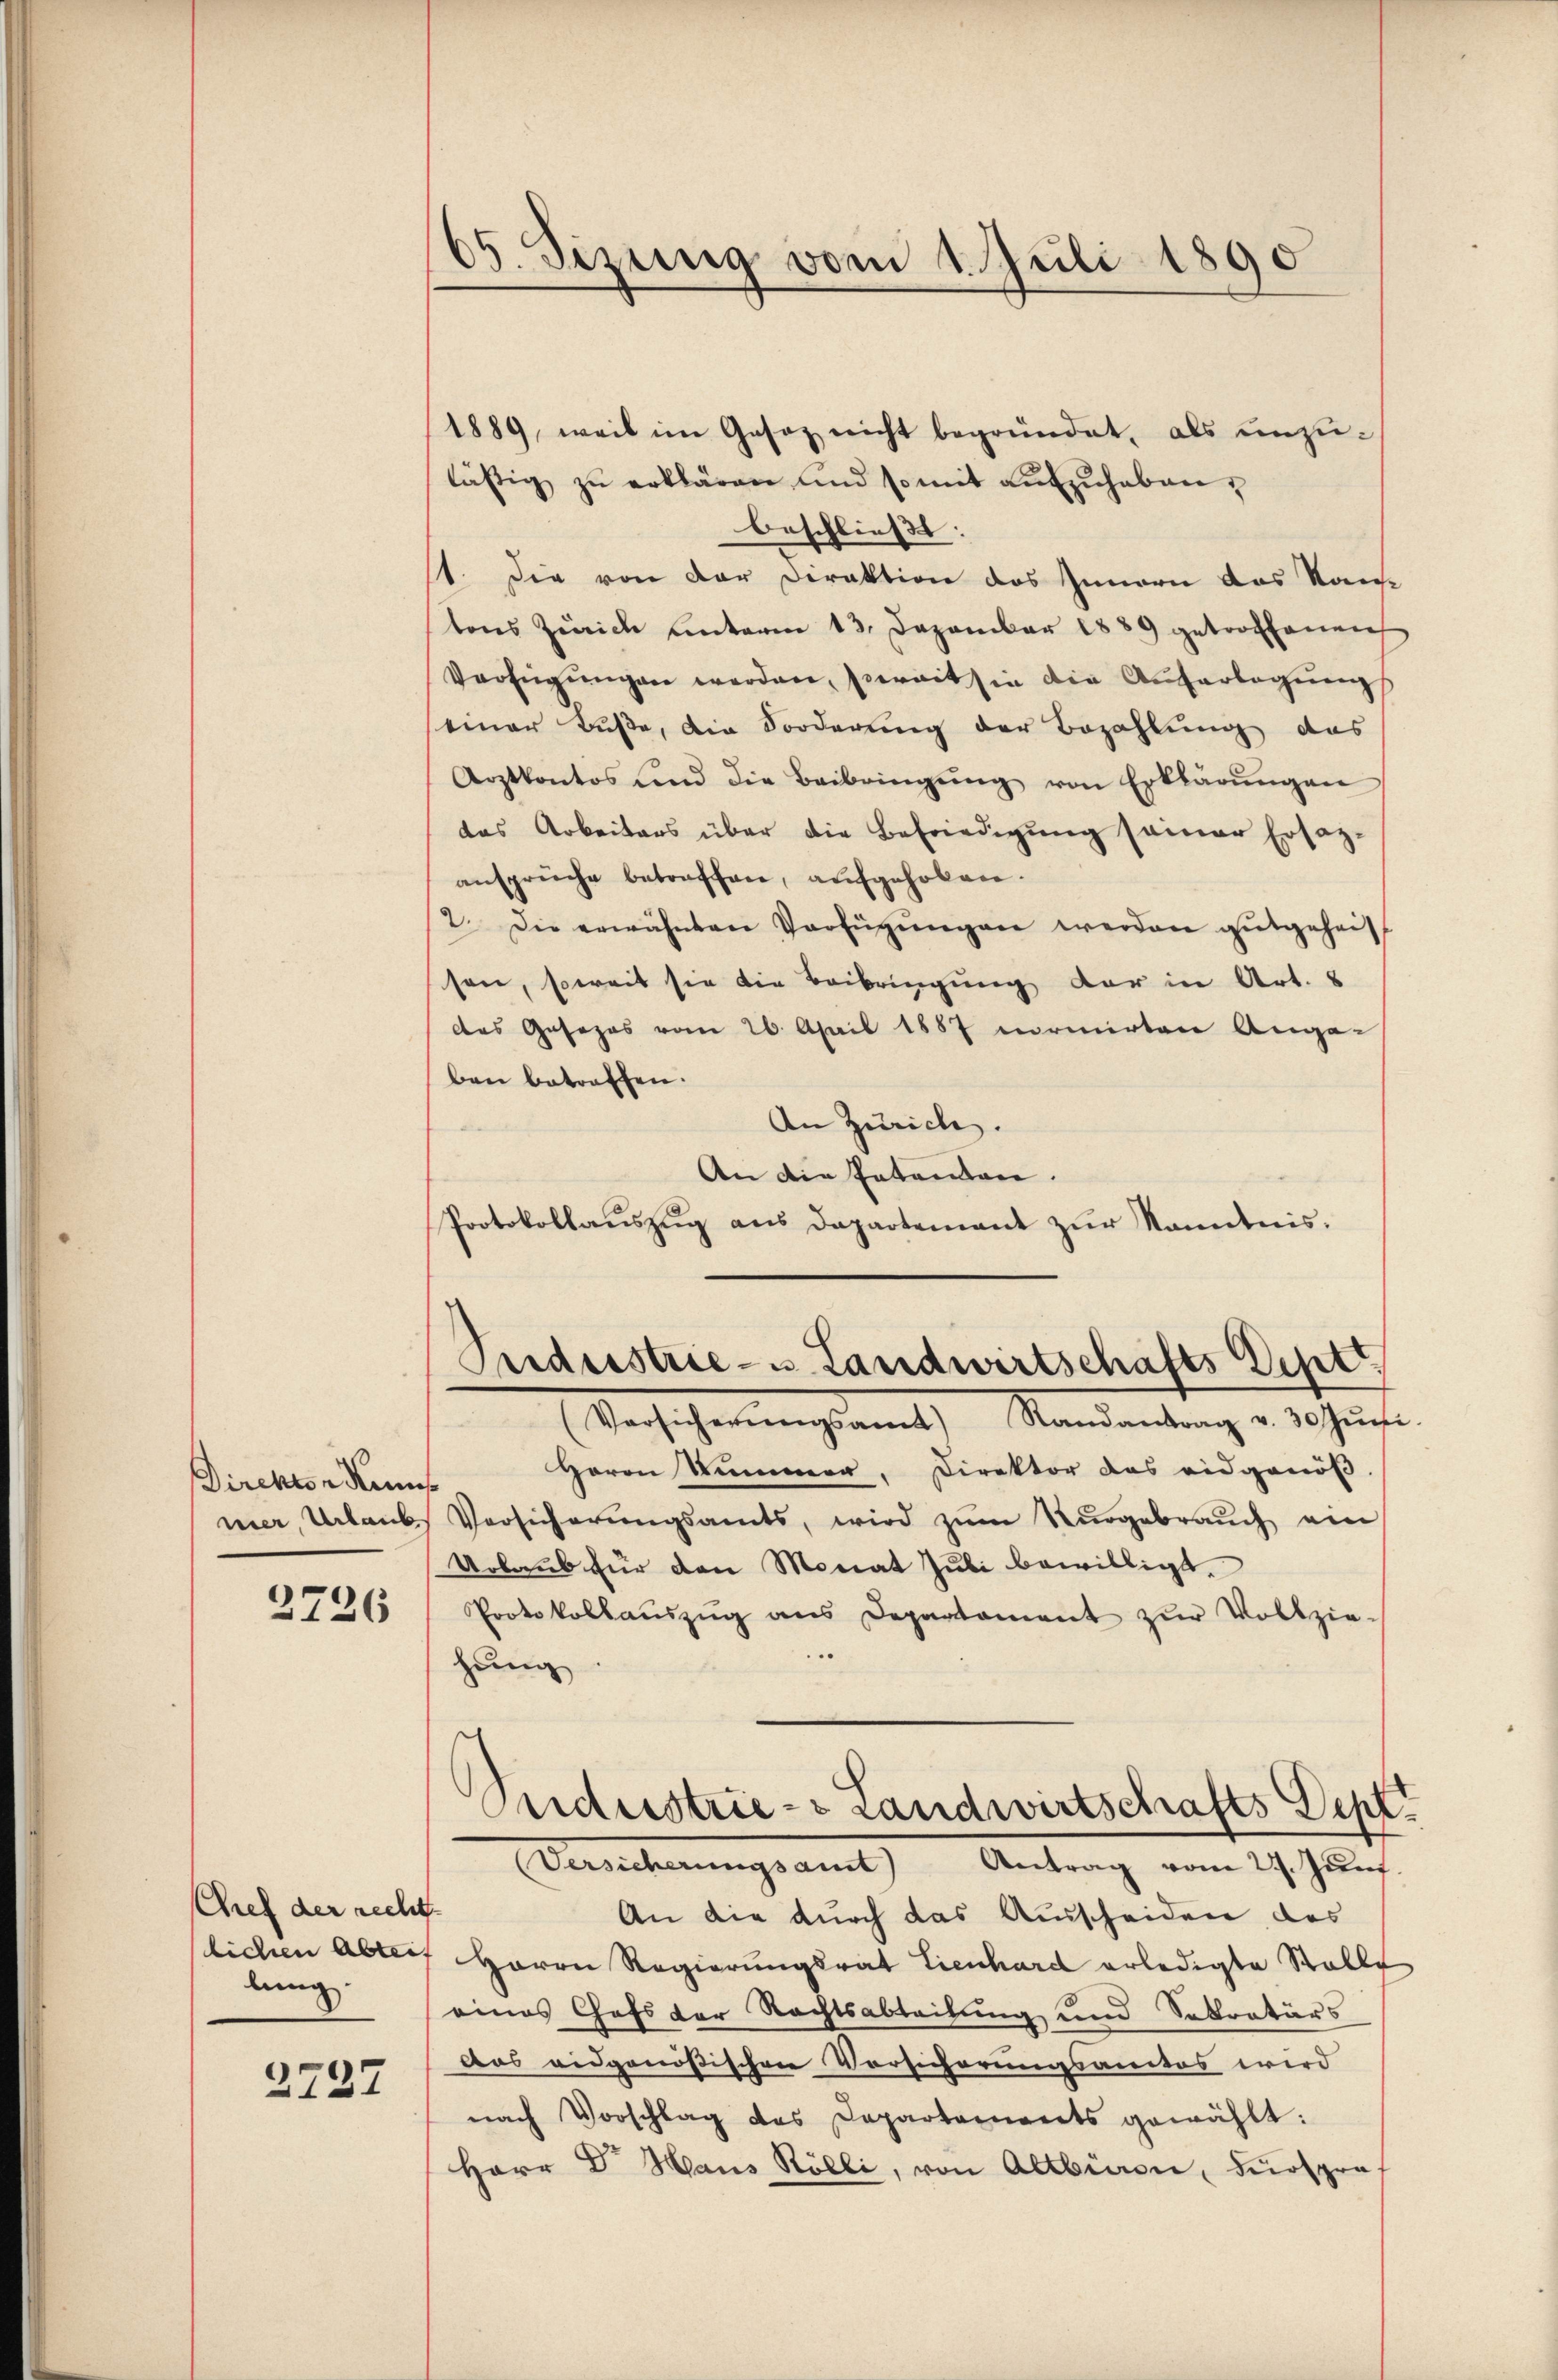
Direktor Kuns
ner, Urlaub

2726

Chef der recht.
lung

2737

65. Sizung vom 1. Juli 1890

läsig zŭ erklären und so mit aŭfzŭheben,
beschließt:
st. Die von der Direktion des Innern das Kais
tons Zürich unterm 13. Dezember 1889 getroffenen
Verfügŭngen werden, soweit sie die Auferlegung
einer Buße, die Sorderung der Bezahlung des
Arztkontos und die Beibringŭng von Erklärŭngen
das Arbeiters über die Befriedigung seiner Ersatz-
ansprüche betreffen, aufgehoben.
2. Die erwähnten Verfügŭngen werden gutgeheit
schen, soweit sie die Beibringung der in Art. 8
des Gesezes vom 26. April 1887 normirten Ange-
ben betreffen.
An Zürich.
An die Patenten.
Protokollaŭszŭg ans Departement zŭr Kenntnis.

1889, weil im Gesaz nicht begründet, als unzu¬

Puderstrie- u Landwirtschäfts Deptt.
Aachscherungsrath Mandantung v. Schrufe

Herrn Summer, Direktor das eidgenöß
Versicherŭngsamts, wird zŭm Nŭrgebraŭch ein
Urlaub für den Monat Juli bewilligt.
Protokollaŭszŭg ans Departament zŭr Vollzie-
.
hung
Ondustrie- Landwirtschafts Dept.
Versicherŭngsamt Antrag vom 27. Jŭni
An die durch das Ausscheiden des
lichen Abrei Herrn Regierungsrat Lienhard erledigte Stalle
eines Chefs der Rechtsabteilung und Sekretärs
Das eidgenößischen Vorsicherungsantes wird
nach Vorschlag des Departements gewählt:
Herr Dr. Haus Rölli, von Altbiren, Fürspra